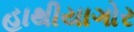
હાથીયાગોર